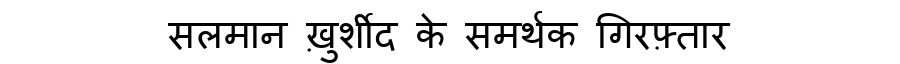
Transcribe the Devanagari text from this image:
सलमान ख़ुर्शीद के समर्थक गिरफ़्तार